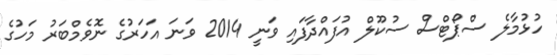
ހުޅުމާލެ ސްޕޯޓްސް ސުކޫލް އުފައްދާފައި ވަނީ 2014 ވަނަ އަހަރުގެ ނޮވެމްބަރު މަހުގެ